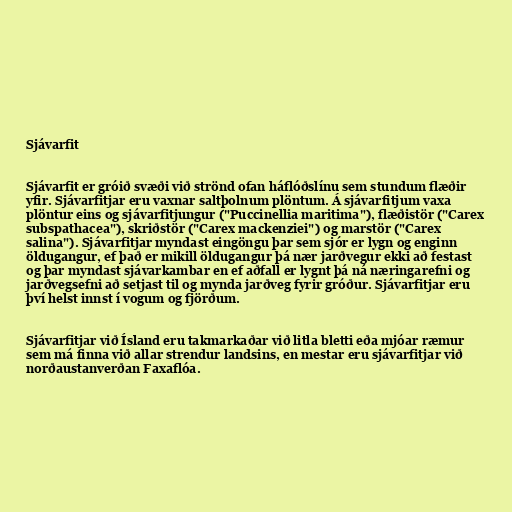
Sjávarfit

Sjávarfit er gróið svæði við strönd ofan háflóðslínu sem stundum flæðir
yfir. Sjávarfitjar eru vaxnar saltþolnum plöntum. Á sjávarfitjum vaxa
plöntur eins og sjávarfitjungur ("Puccinellia maritima"), flæðistör ("Carex
subspathacea"), skriðstör ("Carex mackenziei") og marstör ("Carex
salina"). Sjávarfitjar myndast eingöngu þar sem sjór er lygn og enginn
öldugangur, ef það er mikill öldugangur þá nær jarðvegur ekki að festast
og þar myndast sjávarkambar en ef aðfall er lygnt þá ná næringarefni og
jarðvegsefni að setjast til og mynda jarðveg fyrir gróður. Sjávarfitjar eru
því helst innst í vogum og fjörðum.

Sjávarfitjar við Ísland eru takmarkaðar við litla bletti eða mjóar ræmur
sem má finna við allar strendur landsins, en mestar eru sjávarfitjar við
norðaustanverðan Faxaflóa.